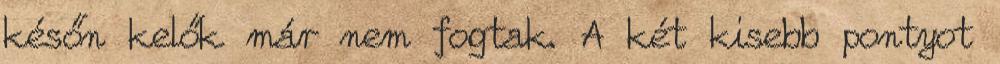
későn kelők már nem fogtak. A két kisebb pontyot